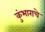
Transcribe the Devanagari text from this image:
कुंभाराचे